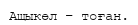
Ащыкөл – тоған.